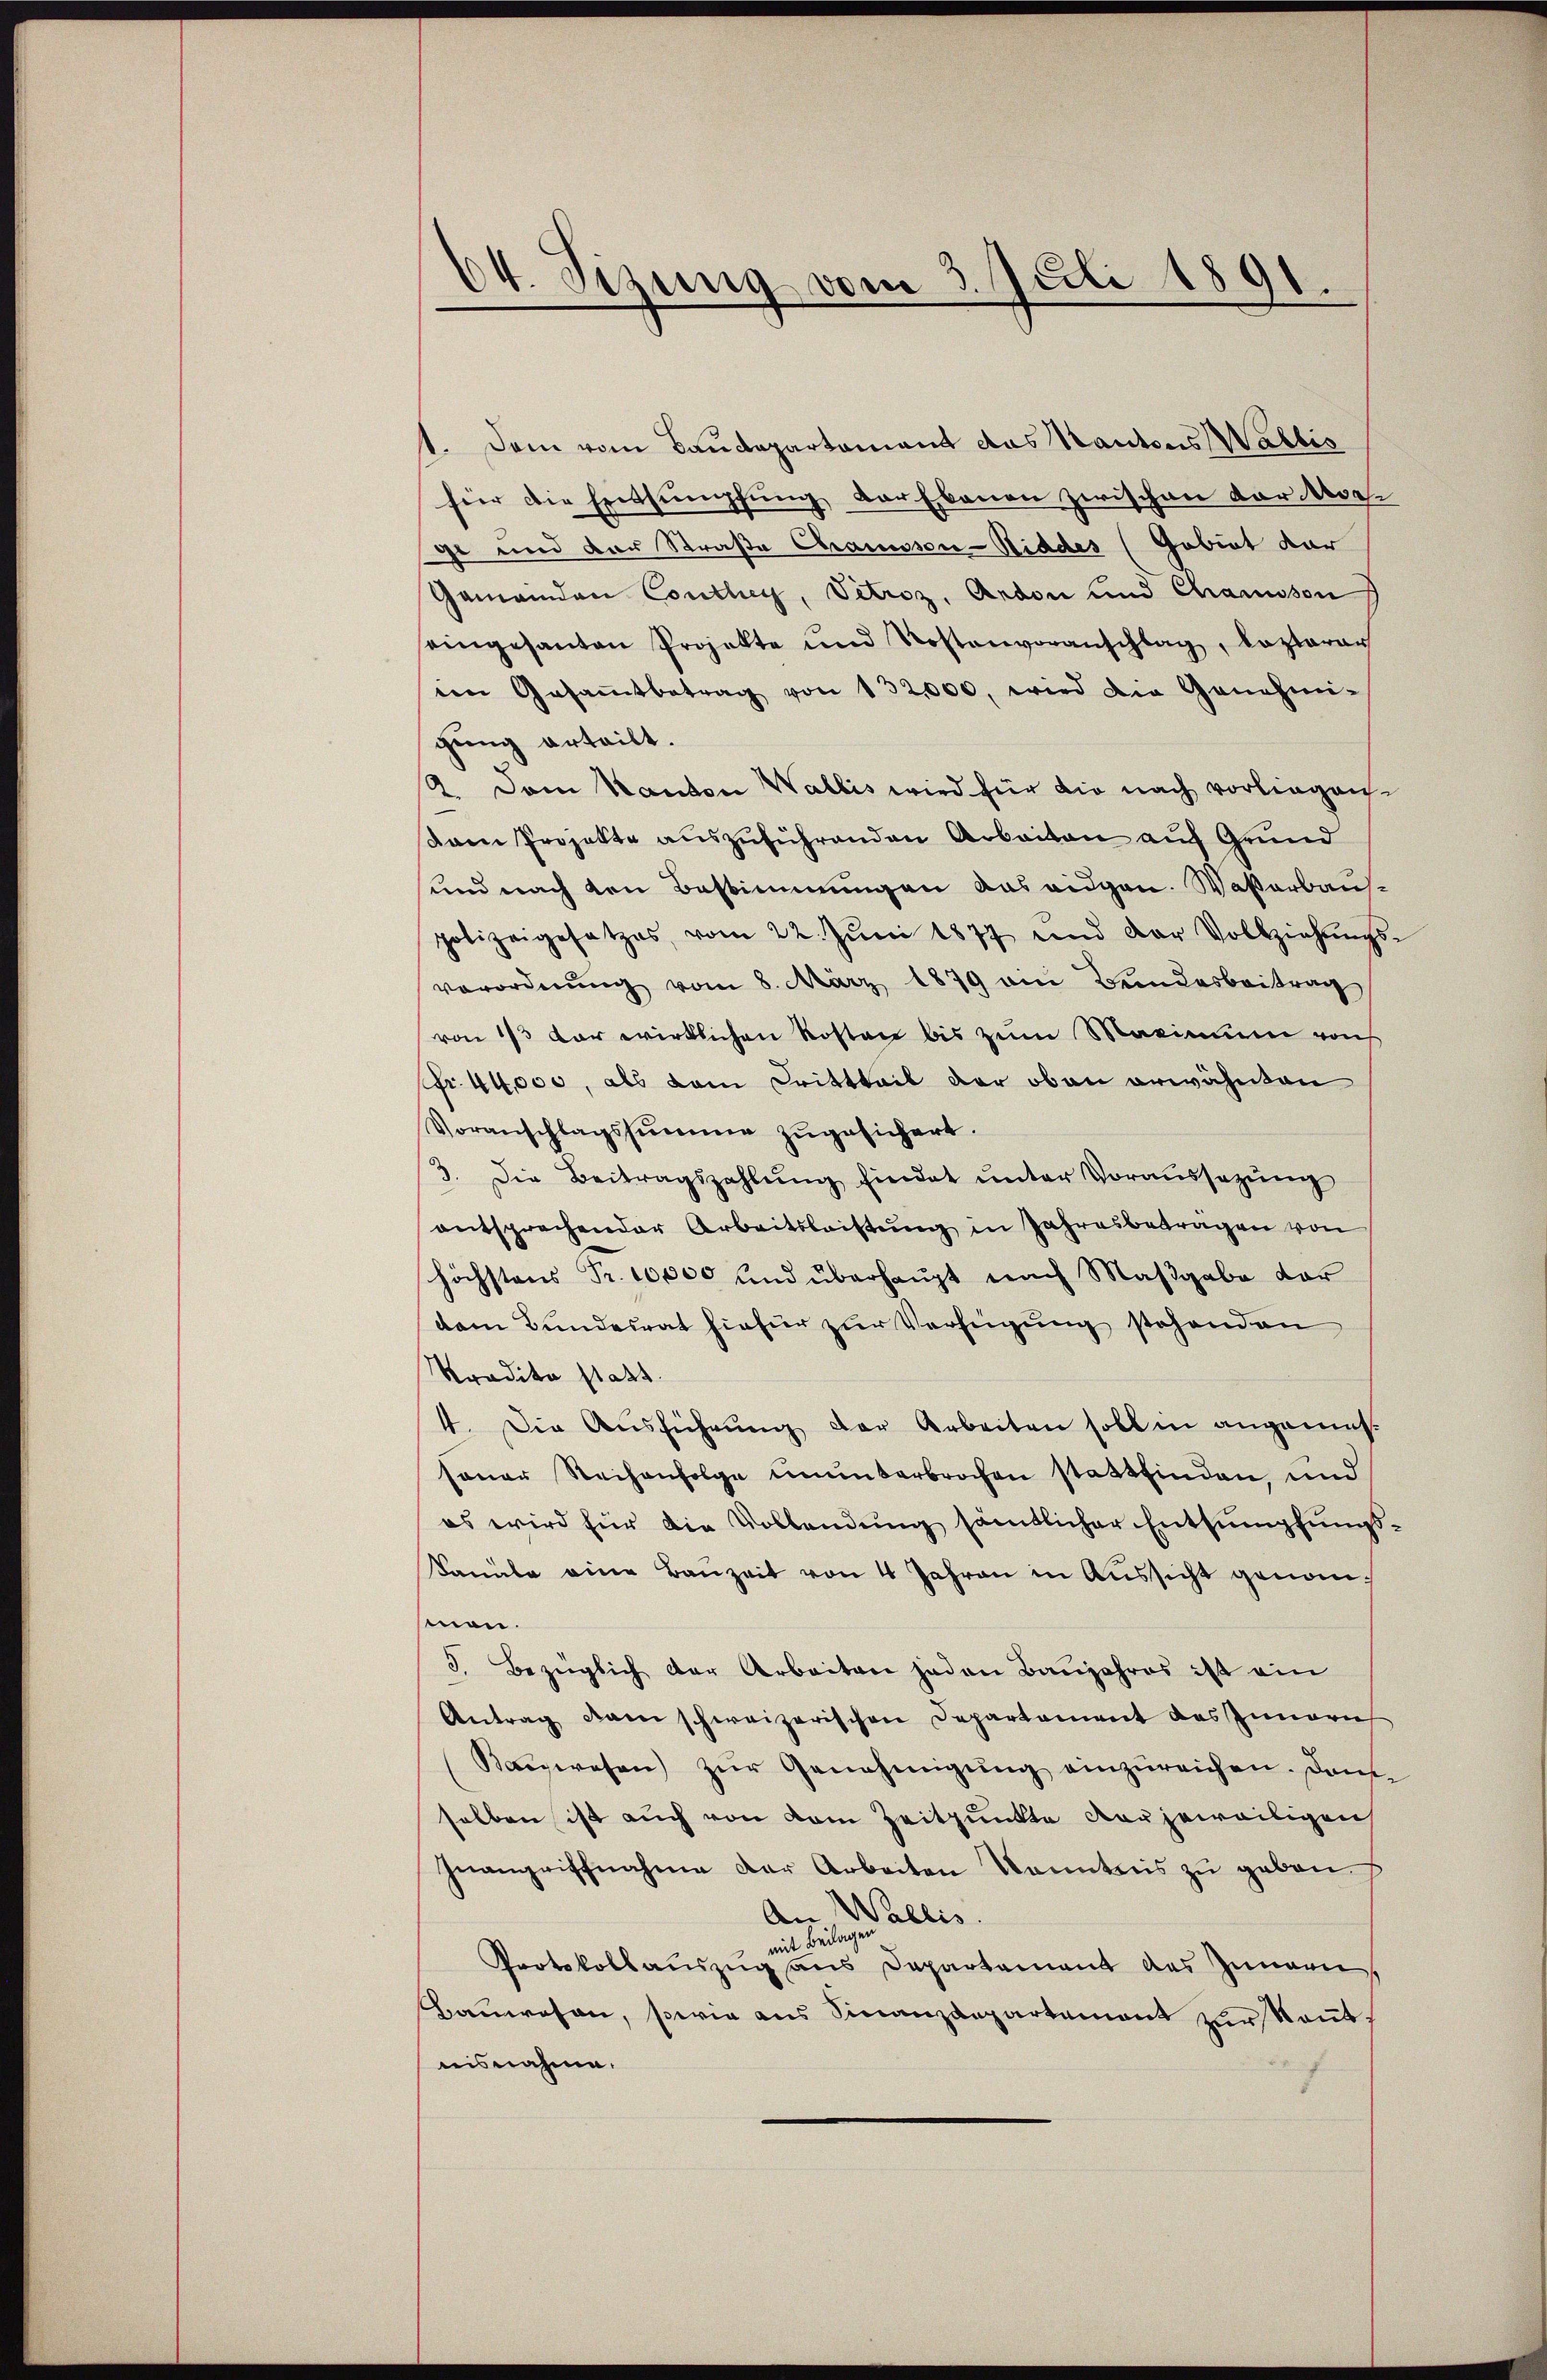
64. Sizung vom 3. Juli 1891.

t. Dem vom Baudepartamant das Kantons Wallis
für die Entsumpfung der Ebenen zwischen der Moriht und der Straße Chamosen-Siddes (Gebiet dar
Gemeinden Conthey, Vetroz, Ardon und Chamsson
eingesanten Projekte und Kostenvoranschlag, kaptarar
ein Gesaṁtbetrag von 132,000, wird die Genehmi-
gŭng erteilt.
2. Dem Kanton Wallis wird für die nach vorliegen
saam Projekte auszuführenden Arbeiten auf Grund
und nach den Bestimmungen aus eidgen. Waßerbauspolizeigesetzes vom 22. Jŭni 1877 und der Vollziehŭngs-
verordnung vom 8. März 1879 ein Bundesbeitrag
von 1/3 vor wirklichen Kosten bis zum Maximum von
Fr. 44,000, als dem Drittteil der oben erwähnten
Voranschlagssumme zugesichert.
3. Die Beitragszahlŭng findet ŭnter Voraŭssezŭng
entsprechender Arbeitsleistung in Jahresbeträgen von
höchstens Fr. 10000 und überhaupt nach Maßgabe vor
dem Bundesrat hiefür zur Verfügung stehenden
Mradita statt.
4. Die Ausführung der Arbeiten soll in angemessener Reihenfolge ununterbrochen stattfinden, und
es wird für die Vollendung sämtlicher Entsumpfungs¬
Famule eine Baŭzeit von 4 Jahren in Aŭssicht genommen.
3. Bezüglich der Arbeiten jeden Baŭjahres ist ein
Antrag kam schweizerischen Departement des Innern
Kanwesen zŭr Genehmigŭng einzŭreichen. Dann
selben ist auch von dem Zeitpunkte vor jeweiligen
Inangriffnahme der Arbeiten kanntnis zu geben.
An Wallis.
mit Beilagen
Protokollauszug aus Departement des Zungen,
Bauwesen, sowie aus Finanzdepartement zur kant.
nisnahme.